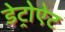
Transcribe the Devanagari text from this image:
डेट्रोऐट